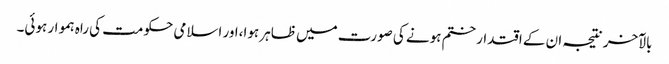
بالآخر نتیجہ ان کے اقتدار ختم ہونے کی صورت میں ظاہر ہوا،اور اسلامی حکومت کی راہ ہموار ہوئی۔